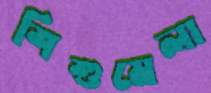
শিশুমেলা